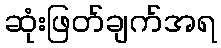
ဆုံးဖြတ်ချက်အရ